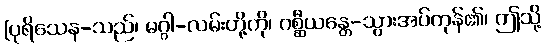
[ပုရိသေန-သည်၊ မဂ္ဂါ-လမ်းတို့ကို၊ ဂစ္ဆီယန္တေ-သွားအပ်ကုန်၏၊ ဤသို့